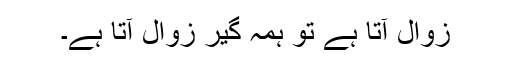
زوال آتا ہے تو ہمہ گیر زوال آتا ہے۔